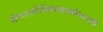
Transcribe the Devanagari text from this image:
शिष्यासी।निगमाद्यगोचराशी